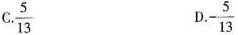
C$$\frac{5}{13}$$ D. $$- \frac{5}{13}$$